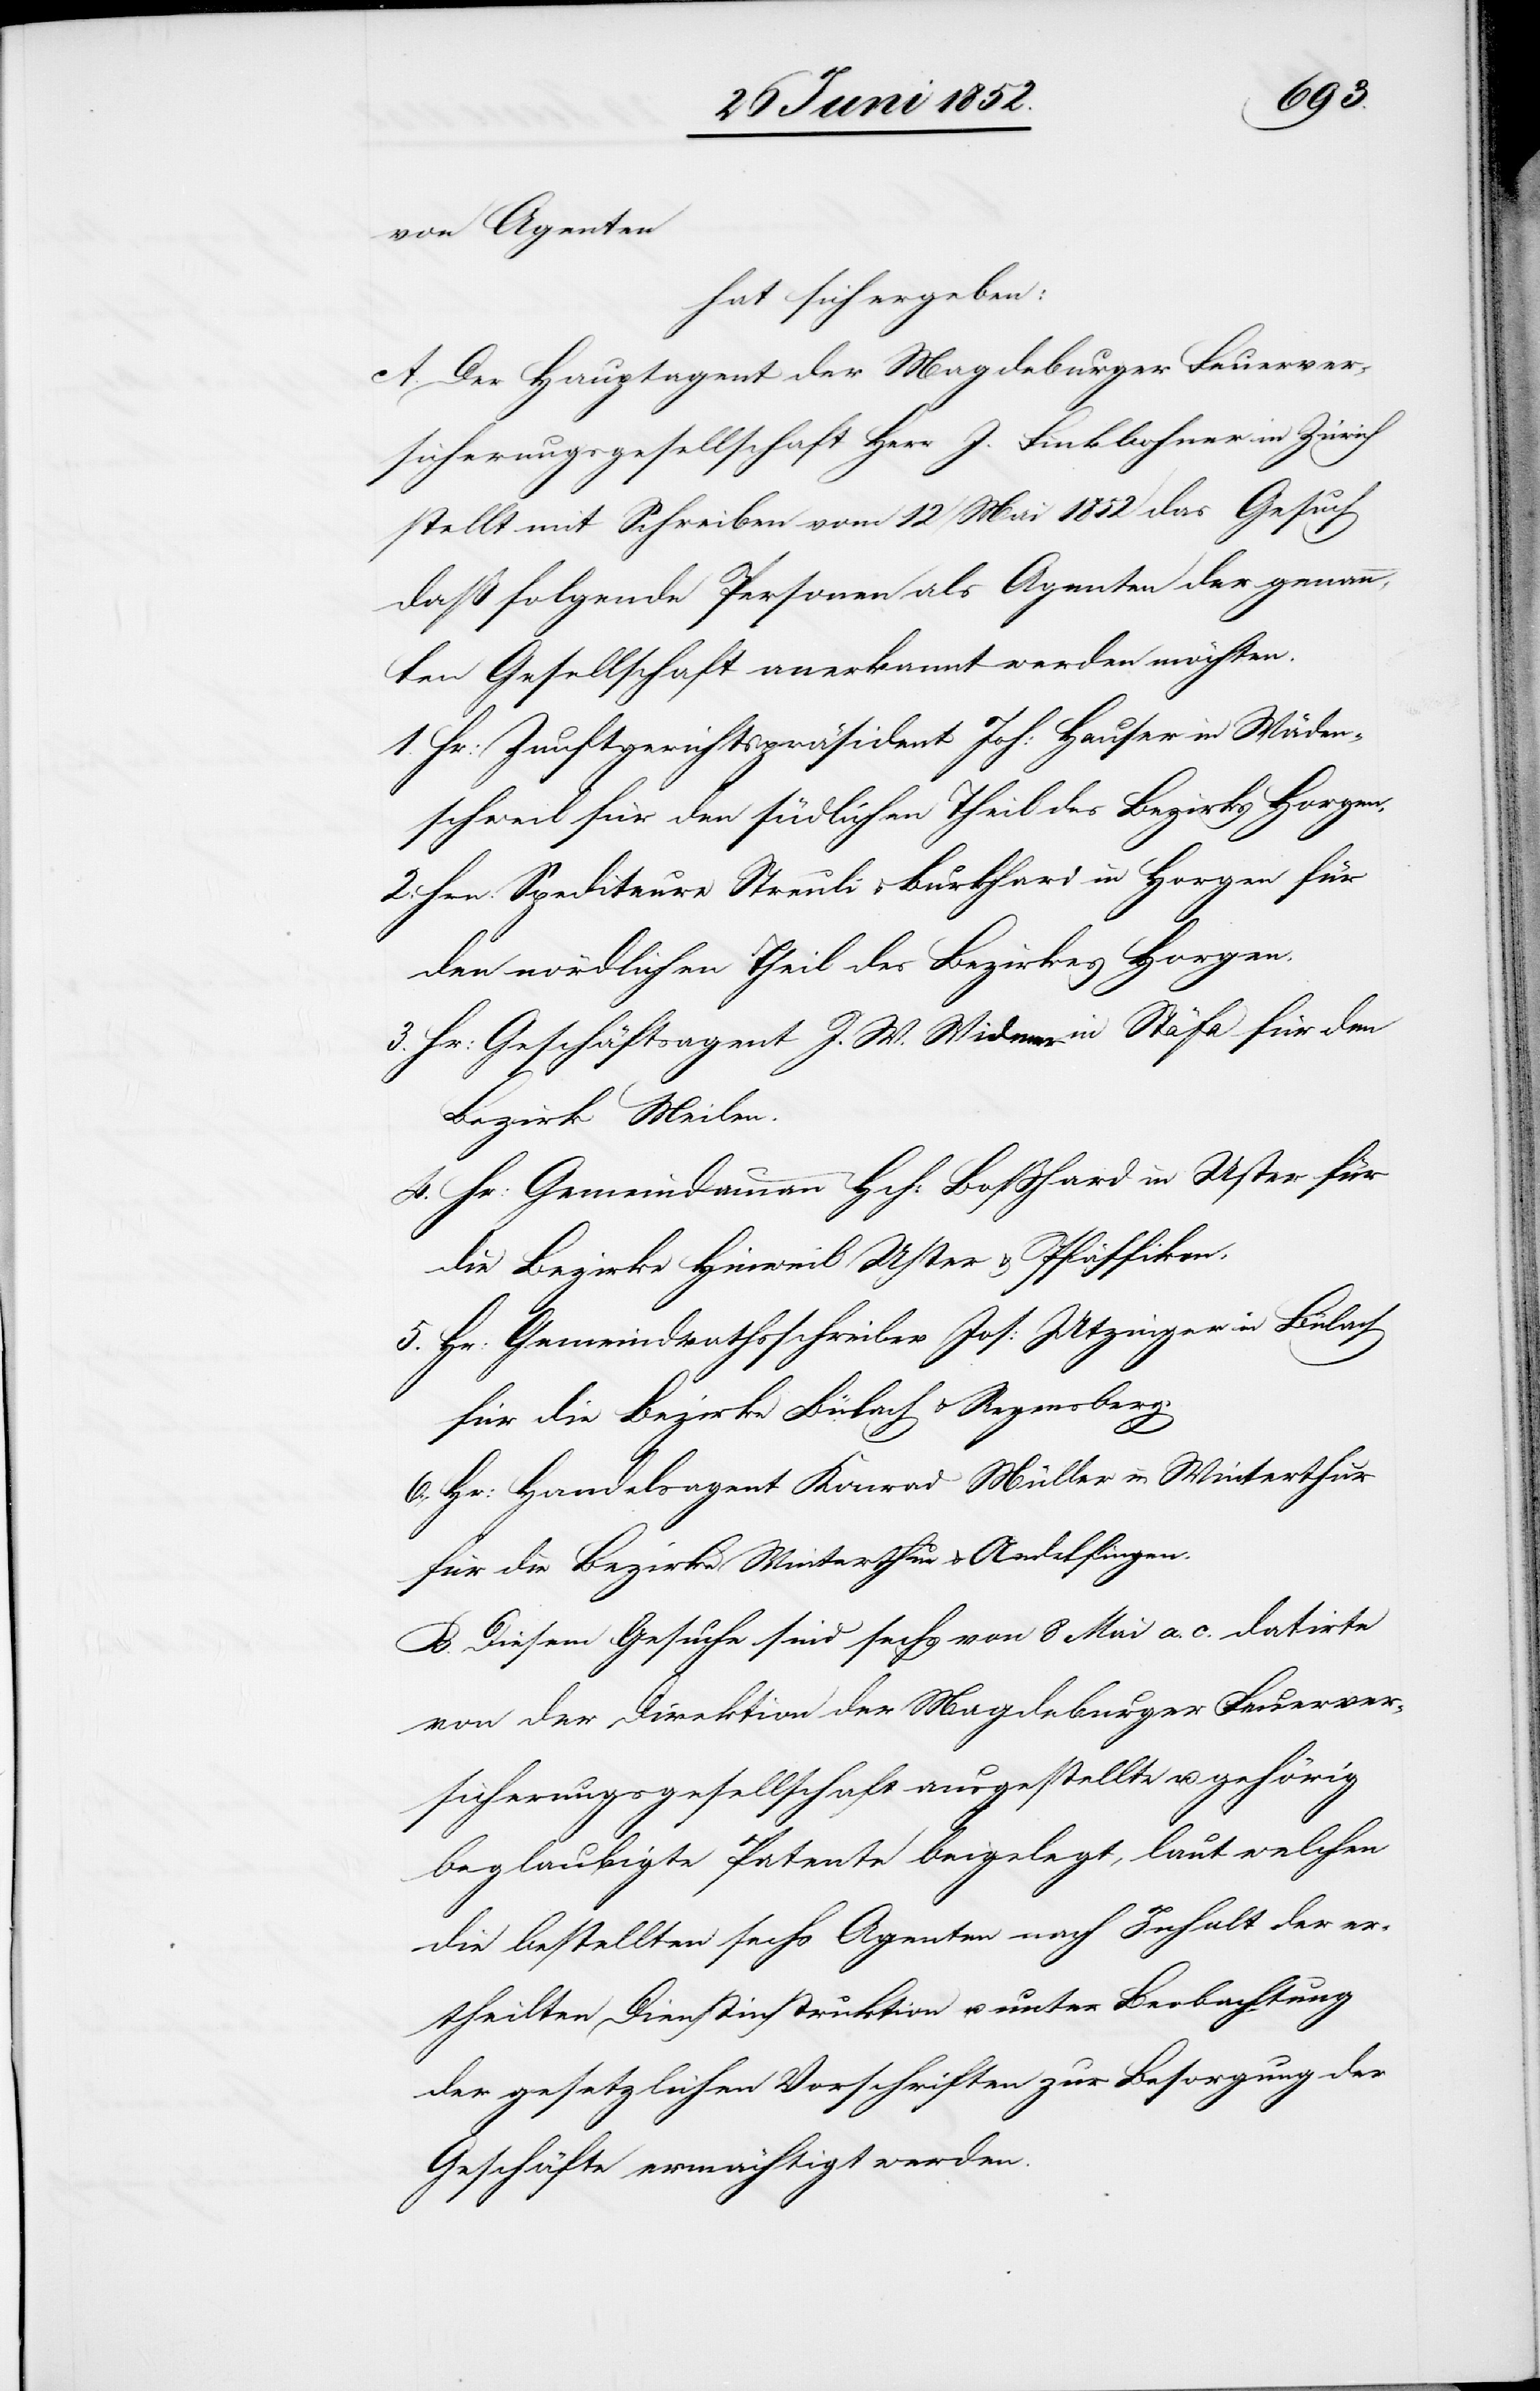
von Agenten
hat sich ergeben:
A. Der Hauptagent der Magdeburger Feuerver¬
sicherungsgesellschaft Herr J. Finkbohner in Zürich
stellt mit Schreiben vom 12 Mai 1852 das Gesuch
daß folgende Personen als Agenten der genann¬
ten Gesellschaft anerkannt werden möchten.
Hr: Zunftgerichtspräsident Joh: Hauser in Wäden¬
schweil für den südlichen Theil des Bezirks Horgen.
Hrn. Spediteure Streuli & Burkhard in Horgen für
den nördlichen Theil des Bezirkes Horgen.
Hr: Geschäftsagent J. W. Widmer in Stäfa für den
Bezirk Meilen.
Hr: Gemeindammann Hch: Bosshard in Uster für
die Bezirke Hinweil[,] Uster & Pfäffikon.
Hr: Gemeindrathsschreiber Jos: Utzinger in Bülach
für die Bezirke Bülach & Regensberg.
6.,
Hr: Handelsagent Konrad Müller in Winterthur
für die Bezirke Winterthur & Andelfingen.
B. Diesem Gesuche sind sechs von 8 Mai a. c. datirte
von der Direktion der Magdeburger Feuerver¬
sicherungsgesellschaft ausgestellte u. gehörig
beglaubigte Patente beigelegt, laut welchen
die bestellten sechs Agenten nach Inhalt der er¬
theilten Dienstinstruktion u. unter Beobachtung
der gesetzlichen Vorschriften zur Besorgung der
Geschäfte ermächtigt werden.